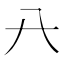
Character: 𠔀